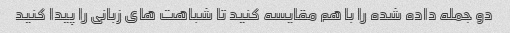
دو جمله داده شده را با هم مقایسه کنید تا شباهت های زبانی را پیدا کنید